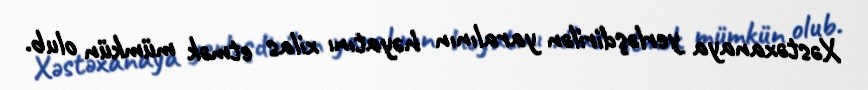
Xəstəxanaya yerləşdirilən yaralının həyatını xilas etmək mümkün olub.